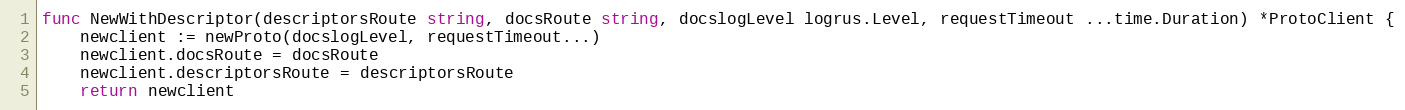
Language: Go
func NewWithDescriptor(descriptorsRoute string, docsRoute string, docslogLevel logrus.Level, requestTimeout ...time.Duration) *ProtoClient {
	newclient := newProto(docslogLevel, requestTimeout...)
	newclient.docsRoute = docsRoute
	newclient.descriptorsRoute = descriptorsRoute
	return newclient